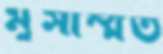
মুসাম্মত